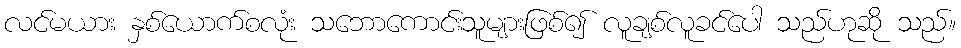
လင်မယား နှစ်ယောက်စလုံး သဘောကောင်းသူများဖြစ်၍ လူချစ်လူခင်ပေါ သည်ဟုဆို သည်။